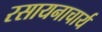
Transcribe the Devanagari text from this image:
रसायनाचार्य